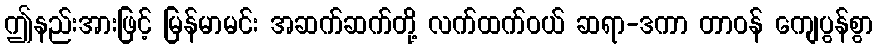
ဤနည်းအားဖြင့် မြန်မာမင်း အဆက်ဆက်တို့ လက်ထက်ဝယ် ဆရာ-ဒကာ တာဝန် ကျေပွန်စွာ